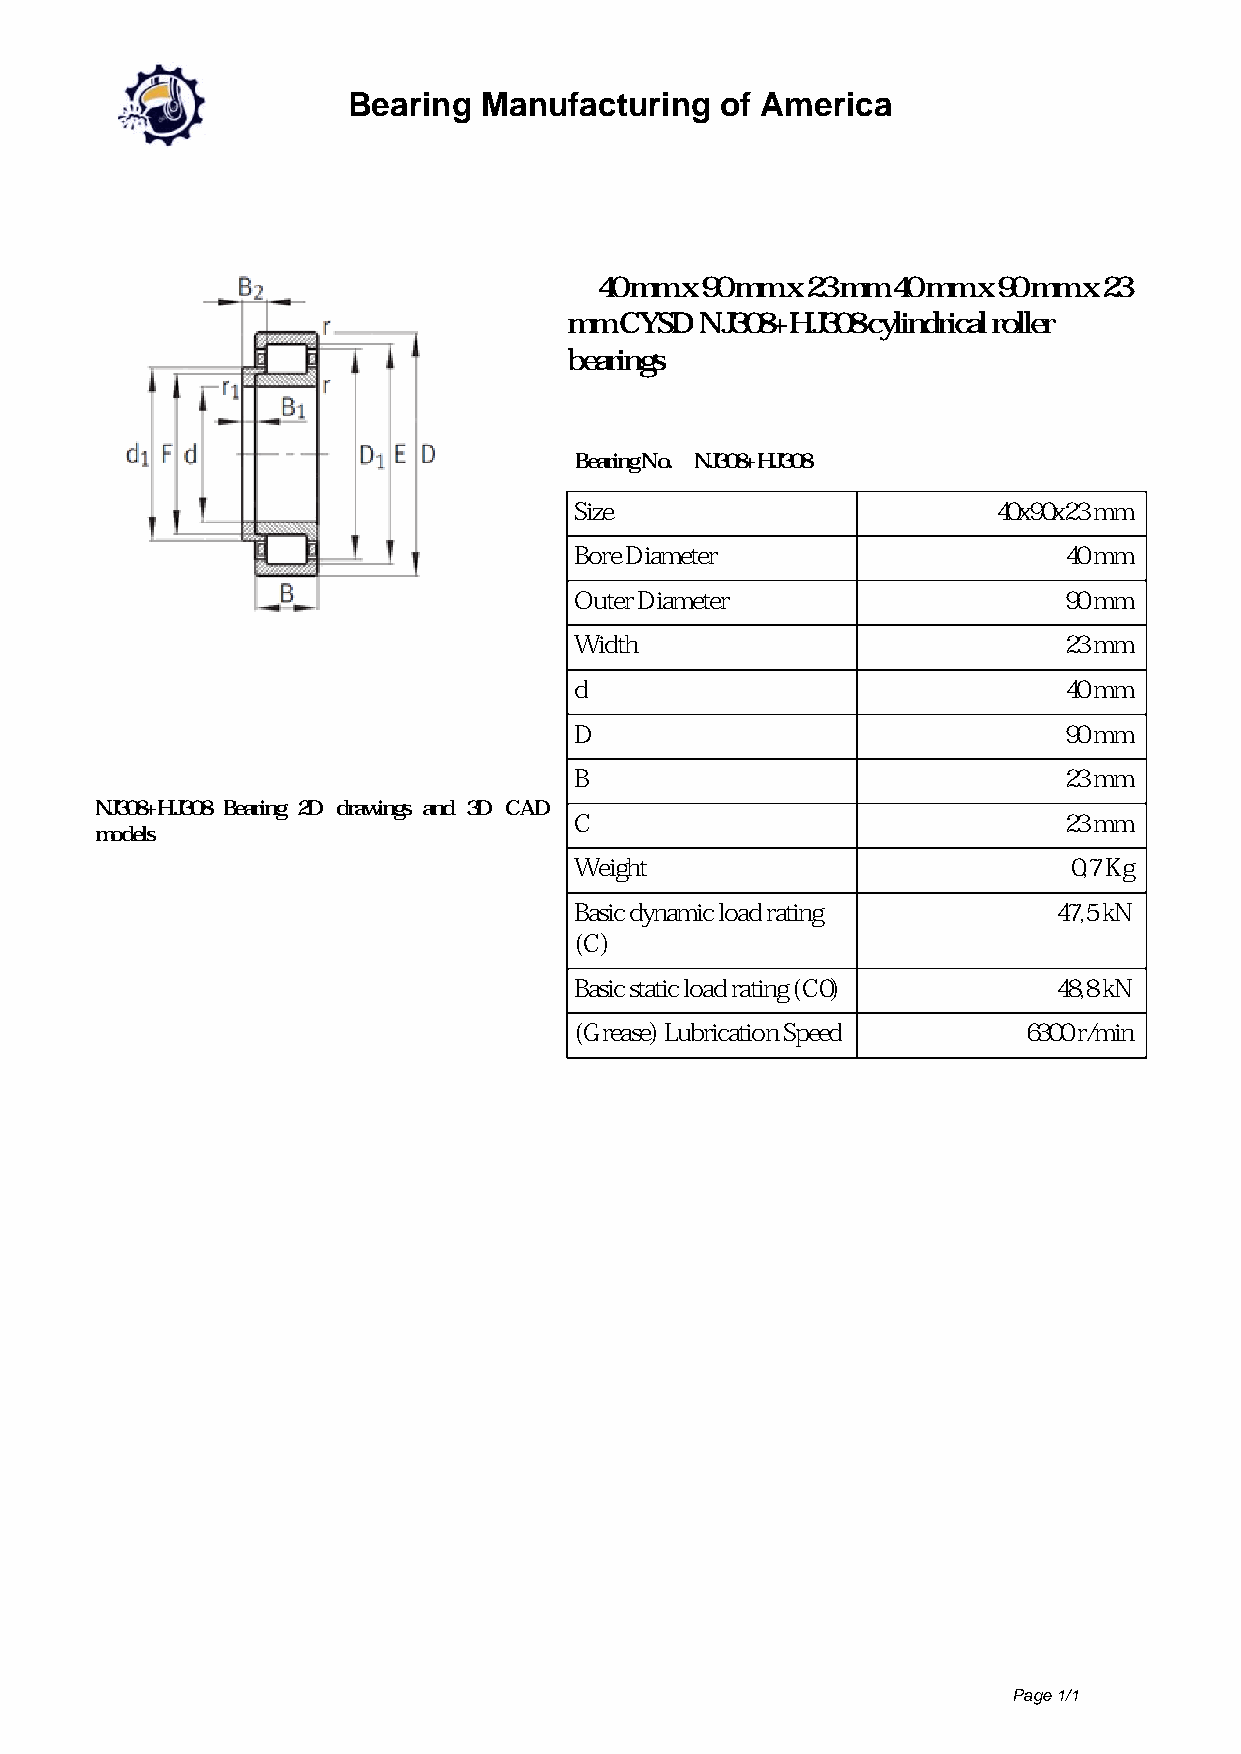
Bearing  Manufacturing   of America
 40 mm x 90 mm x 23 mm 40 mm x 90 mm x 23
 mm CYSD NJ308+HJ308 cylindrical roller
 bearings
 Bearing No. NJ308+HJ308
 Size                        40x90x23 mm
 Bore Diameter                   40 mm
 Outer Diameter                  90 mm
 Width                           23 mm
 d                               40 mm
 D                               90 mm
 B                               23 mm
 NJ308+HJ308 Bearing 2D drawings and 3D CAD
 C                               23 mm
 models
 Weight                           0,7 Kg
 Basic dynamic load rating       47,5 kN
 (C)
 Basic static load rating (C0)   48,8 kN
 (Grease) Lubrication Speed    6300 r/min
 Page 1/1
 Powered by TCPDF (www.tcpdf.org)